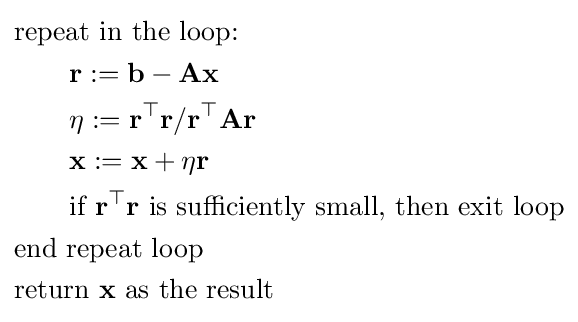
{\begin{aligned}&{\text{repeat in the loop:}}\\&\qquad \mathbf {r} :=\mathbf {b} -\mathbf {Ax} \\&\qquad \eta :={\mathbf {r} ^{\top }\mathbf {r} }/{\mathbf {r} ^{\top }\mathbf {Ar} }\\&\qquad \mathbf {x} :=\mathbf {x} +\eta \mathbf {r} \\&\qquad {\hbox{if }}\mathbf {r} ^{\top }\mathbf {r} {\text{ is sufficiently small, then exit loop}}\\&{\text{end repeat loop}}\\&{\text{return }}\mathbf {x} {\text{ as the result}}\end{aligned}}